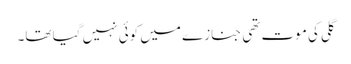
گلی کی موت تھی جنازے میں کوئی نہیں گیا تھا۔